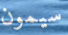
سيمون